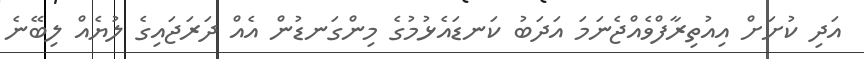
އަދި ކުށަށް އިއުތިރާފްވެއްޖެނަމަ އަދަބު ކަނޑައެޅުމުގެ މިންގަނޑުން އެއް ދަރަޖައިގެ ލުޔެއް ލިބޭނެ